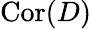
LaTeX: \mathrm{Cor}(D)